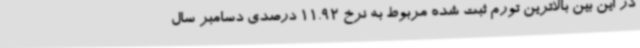
در این بین بالاترین تورم ثبت شده مربوط به نرخ 11.92 درصدی دسامبر سال